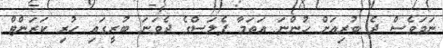
ނަމަވެސް ދެ ބުރިއަށް ހުންނަ އަތަމާ ޕެލަސްގެ ދެވަނަ ބުރީގައި ހުރި ކަރަންޓް